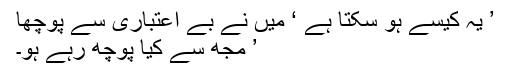
’ یہ کیسے ہو سکتا ہے ‘ میں نے بے اعتباری سے پوچھا
’ مجھ سے کیا پوچھ رہے ہو۔